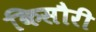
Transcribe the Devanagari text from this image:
किसौरी